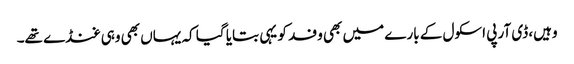
وہیں، ڈی آر پی اسکول کے بارے میں بھی وفد کو یہی بتایا گیا کہ یہاں بھی وہی غنڈے تھے۔